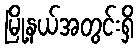
မြို့နယ်အတွင်းရှိ